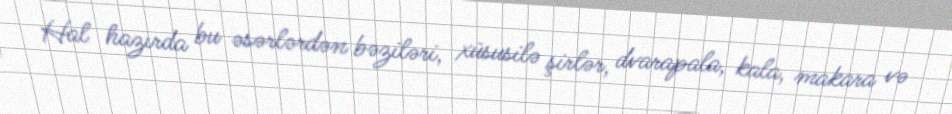
Hal hazırda bu əsərlərdən bəziləri, xüsusilə şirlər, dvarapala, kala, makara və